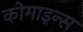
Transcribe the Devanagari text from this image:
कोमाइन्स